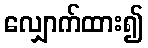
လျှောက်ထား၍